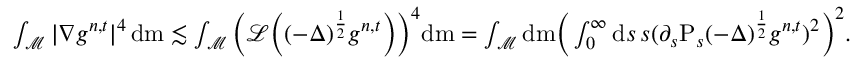
\begin{array} { r } { \int _ { \mathcal { M } } \vert \nabla g ^ { n , t } \vert ^ { 4 } \, \mathrm { d } \mathrm { m } \lesssim \int _ { \mathcal { M } } \Big ( \mathcal { L } \Big ( ( - \Delta ) ^ { \frac { 1 } { 2 } } g ^ { n , t } \Big ) \Big ) ^ { 4 } \mathrm { d } \mathrm { m } = \int _ { \mathcal { M } } \mathrm { d } \mathrm { m } \Big ( \int _ { 0 } ^ { \infty } \mathrm { d } s \, s ( \partial _ { s } \mathrm { P } _ { s } ( - \Delta ) ^ { \frac { 1 } { 2 } } g ^ { n , t } ) ^ { 2 } \Big ) ^ { 2 } . } \end{array}